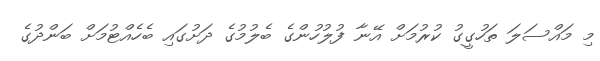
މި މައްސަލަ ތަހުގީގު ކުރުމަށް އޭނާ ފުލުހުންގެ ބެލުމުގެ ދަށުގައި ބެހެއްޓުމަށް ބަންދުގެ